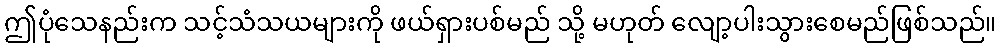
ဤပုံသေနည်းက သင့်သံသယများကို ဖယ်ရှားပစ်မည် သို့ မဟုတ် လျော့ပါးသွားစေမည်ဖြစ်သည်။